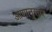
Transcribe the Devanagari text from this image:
आशानुसार